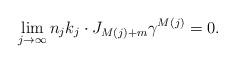
LaTeX: \begin{align*} \lim_{j\to\infty}n_jk_j\cdot J_{M(j)+m}\gamma^{M(j)}=0.\end{align*}